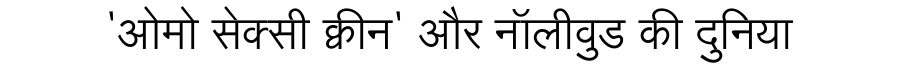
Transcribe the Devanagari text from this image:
'ओमो सेक्सी क्वीन' और नॉलीवुड की दुनिया